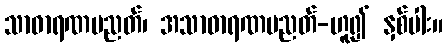
သာဓာရဏပညတ်၊ အသာဓာရဏပညတ်-ဟူ၍ နှစ်ပါး။